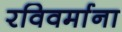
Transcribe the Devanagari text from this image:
रविवर्माना